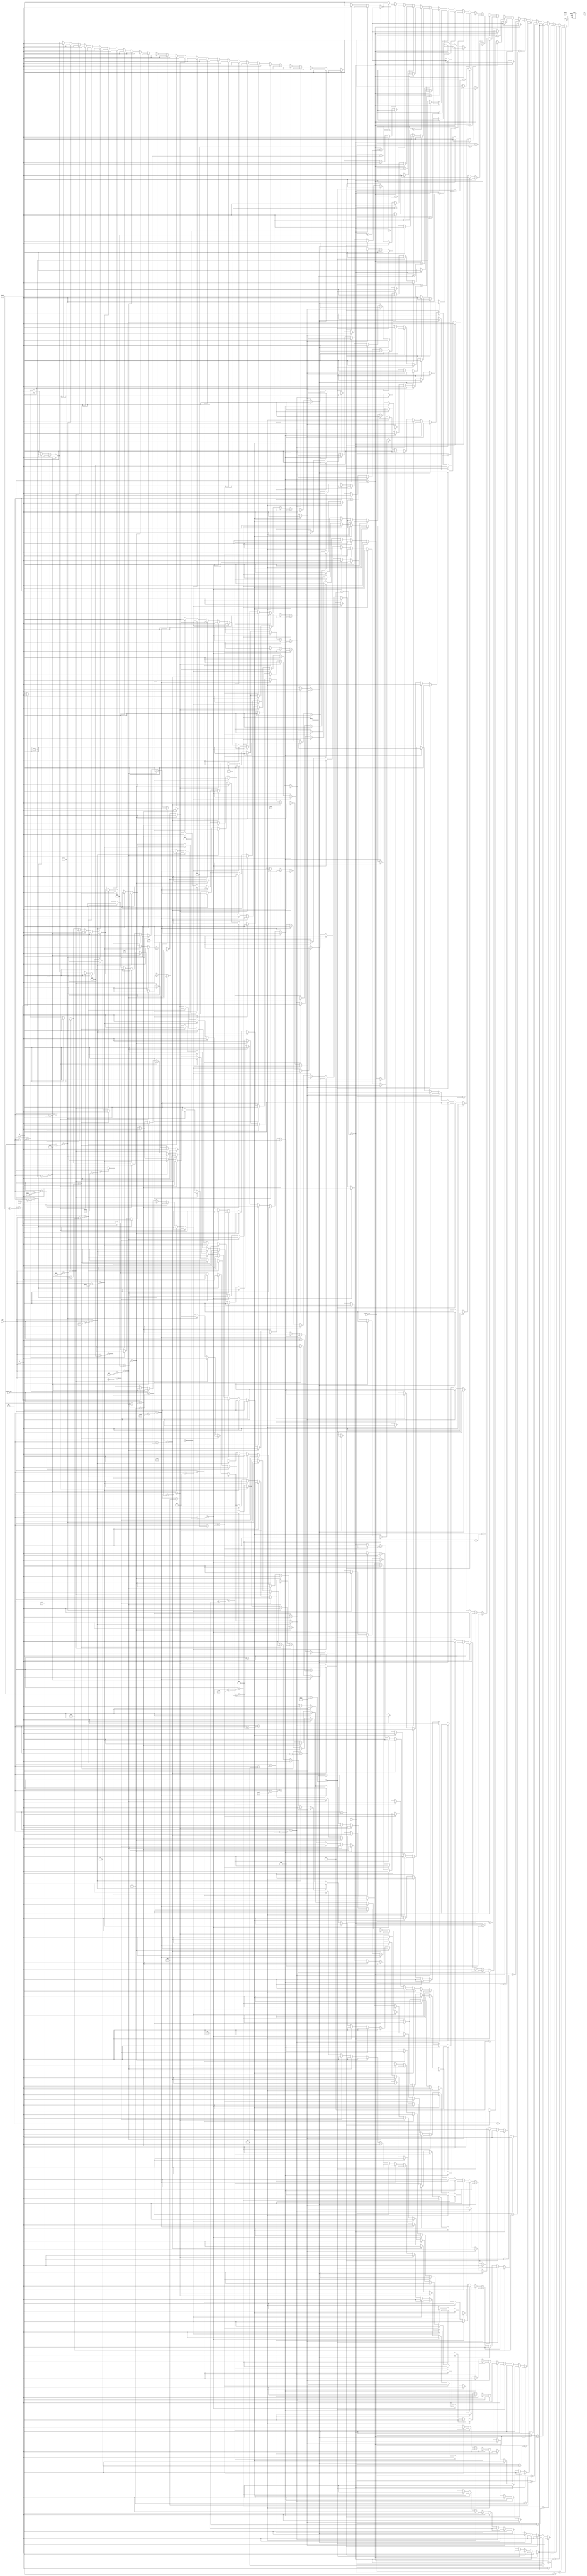
module seven (clk,BTN_S,visible_col,visible_row,col,row,out);

input clk,BTN_S;
input [10:0]visible_col,visible_row,col,row;
output reg out;

wire [39:0] line_01,line_02,line_03,line_04,line_05,line_06,line_07,line_08,line_09,line_10;
wire [39:0] line_11,line_12,line_13,line_14,line_15,line_16,line_17,line_18,line_19,line_20;
wire [39:0] line_21,line_22,line_23,line_24,line_25,line_26,line_27;


assign line_01 = 40'b0001111111111111111111111111111111111000;
assign line_02 = 40'b0001111111111111111111111111111111111000;
assign line_03 = 40'b0001111111111111111111111111111111111100;
assign line_04 = 40'b0001111111111111111111111111111111111000;
assign line_05 = 40'b0001111111111111111111111111111111111000;
assign line_06 = 40'b0000000000000000000000001111111111111000;
assign line_07 = 40'b0000000000000000000000001111111111110000;
assign line_08 = 40'b0000000000000000000000011111111111100000;
assign line_09 = 40'b0000000000000000000000111111111111000000;
assign line_10 = 40'b0000000000000000000001111111111110000000;
assign line_11 = 40'b0000000000000000000011111111111100000000;
assign line_12 = 40'b0000000000000000000111111111111100000000;
assign line_13 = 40'b0000000000000000001111111111111000000000;
assign line_14 = 40'b0000000000000000011111111111110000000000;
assign line_15 = 40'b0000000000000000011111111111100000000000;
assign line_16 = 40'b0000000000000000111111111111000000000000;
assign line_17 = 40'b0000000000000001111111111110000000000000;
assign line_18 = 40'b0000000000000011111111111100000000000000;
assign line_19 = 40'b0000000000000111111111111100000000000000;
assign line_20 = 40'b0000000000001111111111111000000000000000;
assign line_21 = 40'b0000000000011111111111110000000000000000;
assign line_22 = 40'b0000000000111111111111100000000000000000;
assign line_23 = 40'b0000000001111111111111000000000000000000;
assign line_24 = 40'b0000000011111111111110000000000000000000;
assign line_25 = 40'b0000000011111111111100000000000000000000;
assign line_26 = 40'b0000000011111111111100000000000000000000;
assign line_27 = 40'b0000000000000000000000000000000000000000;

always @(posedge clk or posedge BTN_S) begin
	if (BTN_S)
		out <= 0;
	else begin
		case (visible_row)
			row+0:
				case(visible_col)
					col+0: out <= line_01[39];	  col+10: out <= line_01[29];	col+20: out <= line_01[19];  col+30: out <= line_01[9];
					col+1: out <= line_01[38];	  col+11: out <= line_01[28];	col+21: out <= line_01[18];  col+31: out <= line_01[8];
					col+2: out <= line_01[37];	  col+12: out <= line_01[27];	col+22: out <= line_01[17];  col+32: out <= line_01[7];
					col+3: out <= line_01[36];	  col+13: out <= line_01[26];	col+23: out <= line_01[16];  col+33: out <= line_01[6];
					col+4: out <= line_01[35];	  col+14: out <= line_01[25];	col+24: out <= line_01[15];  col+34: out <= line_01[5];
					col+5: out <= line_01[34];	  col+15: out <= line_01[24];	col+25: out <= line_01[14];  col+35: out <= line_01[4];
					col+6: out <= line_01[33];	  col+16: out <= line_01[23];	col+26: out <= line_01[13];  col+36: out <= line_01[3];
					col+7: out <= line_01[32];	  col+17: out <= line_01[22];	col+27: out <= line_01[12];  col+37: out <= line_01[2];
					col+8: out <= line_01[31];	  col+18: out <= line_01[21];	col+28: out <= line_01[11];  col+38: out <= line_01[1];
					col+9: out <= line_01[30];	  col+19: out <= line_01[20];	col+29: out <= line_01[10];  col+39: out <= line_01[0];
					default: out <= 0;
				endcase
			row+1:
				case(visible_col)
					col+0: out <= line_02[39];	  col+10: out <= line_02[29];	col+20: out <= line_02[19];  col+30: out <= line_02[9];
					col+1: out <= line_02[38];	  col+11: out <= line_02[28];	col+21: out <= line_02[18];  col+31: out <= line_02[8];
					col+2: out <= line_02[37];	  col+12: out <= line_02[27];	col+22: out <= line_02[17];  col+32: out <= line_02[7];
					col+3: out <= line_02[36];	  col+13: out <= line_02[26];	col+23: out <= line_02[16];  col+33: out <= line_02[6];
					col+4: out <= line_02[35];	  col+14: out <= line_02[25];	col+24: out <= line_02[15];  col+34: out <= line_02[5];
					col+5: out <= line_02[34];	  col+15: out <= line_02[24];	col+25: out <= line_02[14];  col+35: out <= line_02[4];
					col+6: out <= line_02[33];	  col+16: out <= line_02[23];	col+26: out <= line_02[13];  col+36: out <= line_02[3];
					col+7: out <= line_02[32];	  col+17: out <= line_02[22];	col+27: out <= line_02[12];  col+37: out <= line_02[2];
					col+8: out <= line_02[31];	  col+18: out <= line_02[21];	col+28: out <= line_02[11];  col+38: out <= line_02[1];
					col+9: out <= line_02[30];	  col+19: out <= line_02[20];	col+29: out <= line_02[10];  col+39: out <= line_02[0];
					default: out <= 0;
				endcase

			row+2:
				case(visible_col)
					col+0: out <= line_03[39];	  col+10: out <= line_03[29];	col+20: out <= line_03[19];  col+30: out <= line_03[9];
					col+1: out <= line_03[38];	  col+11: out <= line_03[28];	col+21: out <= line_03[18];  col+31: out <= line_03[8];
					col+2: out <= line_03[37];	  col+12: out <= line_03[27];	col+22: out <= line_03[17];  col+32: out <= line_03[7];
					col+3: out <= line_03[36];	  col+13: out <= line_03[26];	col+23: out <= line_03[16];  col+33: out <= line_03[6];
					col+4: out <= line_03[35];	  col+14: out <= line_03[25];	col+24: out <= line_03[15];  col+34: out <= line_03[5];
					col+5: out <= line_03[34];	  col+15: out <= line_03[24];	col+25: out <= line_03[14];  col+35: out <= line_03[4];
					col+6: out <= line_03[33];	  col+16: out <= line_03[23];	col+26: out <= line_03[13];  col+36: out <= line_03[3];
					col+7: out <= line_03[32];	  col+17: out <= line_03[22];	col+27: out <= line_03[12];  col+37: out <= line_03[2];
					col+8: out <= line_03[31];	  col+18: out <= line_03[21];	col+28: out <= line_03[11];  col+38: out <= line_03[1];
					col+9: out <= line_03[30];	  col+19: out <= line_03[20];	col+29: out <= line_03[10];  col+39: out <= line_03[0];
					default: out <= 0;
				endcase
			row+3:
				case(visible_col)
					col+0: out <= line_04[39];	  col+10: out <= line_04[29];	col+20: out <= line_04[19];  col+30: out <= line_04[9];
					col+1: out <= line_04[38];	  col+11: out <= line_04[28];	col+21: out <= line_04[18];  col+31: out <= line_04[8];
					col+2: out <= line_04[37];	  col+12: out <= line_04[27];	col+22: out <= line_04[17];  col+32: out <= line_04[7];
					col+3: out <= line_04[36];	  col+13: out <= line_04[26];	col+23: out <= line_04[16];  col+33: out <= line_04[6];
					col+4: out <= line_04[35];	  col+14: out <= line_04[25];	col+24: out <= line_04[15];  col+34: out <= line_04[5];
					col+5: out <= line_04[34];	  col+15: out <= line_04[24];	col+25: out <= line_04[14];  col+35: out <= line_04[4];
					col+6: out <= line_04[33];	  col+16: out <= line_04[23];	col+26: out <= line_04[13];  col+36: out <= line_04[3];
					col+7: out <= line_04[32];	  col+17: out <= line_04[22];	col+27: out <= line_04[12];  col+37: out <= line_04[2];
					col+8: out <= line_04[31];	  col+18: out <= line_04[21];	col+28: out <= line_04[11];  col+38: out <= line_04[1];
					col+9: out <= line_04[30];	  col+19: out <= line_04[20];	col+29: out <= line_04[10];  col+39: out <= line_04[0];
					default: out <= 0;
				endcase
			row+4:
				case(visible_col)
					col+0: out <= line_05[39];	  col+10: out <= line_05[29];	col+20: out <= line_05[19];  col+30: out <= line_05[9];
					col+1: out <= line_05[38];	  col+11: out <= line_05[28];	col+21: out <= line_05[18];  col+31: out <= line_05[8];
					col+2: out <= line_05[37];	  col+12: out <= line_05[27];	col+22: out <= line_05[17];  col+32: out <= line_05[7];
					col+3: out <= line_05[36];	  col+13: out <= line_05[26];	col+23: out <= line_05[16];  col+33: out <= line_05[6];
					col+4: out <= line_05[35];	  col+14: out <= line_05[25];	col+24: out <= line_05[15];  col+34: out <= line_05[5];
					col+5: out <= line_05[34];	  col+15: out <= line_05[24];	col+25: out <= line_05[14];  col+35: out <= line_05[4];
					col+6: out <= line_05[33];	  col+16: out <= line_05[23];	col+26: out <= line_05[13];  col+36: out <= line_05[3];
					col+7: out <= line_05[32];	  col+17: out <= line_05[22];	col+27: out <= line_05[12];  col+37: out <= line_05[2];
					col+8: out <= line_05[31];	  col+18: out <= line_05[21];	col+28: out <= line_05[11];  col+38: out <= line_05[1];
					col+9: out <= line_05[30];	  col+19: out <= line_05[20];	col+29: out <= line_05[10];  col+39: out <= line_05[0];
					default: out <= 0;
				endcase
			row+5:
				case(visible_col)
					col+0: out <= line_06[39];	  col+10: out <= line_06[29];	col+20: out <= line_06[19];  col+30: out <= line_06[9];
					col+1: out <= line_06[38];	  col+11: out <= line_06[28];	col+21: out <= line_06[18];  col+31: out <= line_06[8];
					col+2: out <= line_06[37];	  col+12: out <= line_06[27];	col+22: out <= line_06[17];  col+32: out <= line_06[7];
					col+3: out <= line_06[36];	  col+13: out <= line_06[26];	col+23: out <= line_06[16];  col+33: out <= line_06[6];
					col+4: out <= line_06[35];	  col+14: out <= line_06[25];	col+24: out <= line_06[15];  col+34: out <= line_06[5];
					col+5: out <= line_06[34];	  col+15: out <= line_06[24];	col+25: out <= line_06[14];  col+35: out <= line_06[4];
					col+6: out <= line_06[33];	  col+16: out <= line_06[23];	col+26: out <= line_06[13];  col+36: out <= line_06[3];
					col+7: out <= line_06[32];	  col+17: out <= line_06[22];	col+27: out <= line_06[12];  col+37: out <= line_06[2];
					col+8: out <= line_06[31];	  col+18: out <= line_06[21];	col+28: out <= line_06[11];  col+38: out <= line_06[1];
					col+9: out <= line_06[30];	  col+19: out <= line_06[20];	col+29: out <= line_06[10];  col+39: out <= line_06[0];
					default: out <= 0;
				endcase
			row+6:
				case(visible_col)
					col+0: out <= line_07[39];	  col+10: out <= line_07[29];	col+20: out <= line_07[19];  col+30: out <= line_07[9];
					col+1: out <= line_07[38];	  col+11: out <= line_07[28];	col+21: out <= line_07[18];  col+31: out <= line_07[8];
					col+2: out <= line_07[37];	  col+12: out <= line_07[27];	col+22: out <= line_07[17];  col+32: out <= line_07[7];
					col+3: out <= line_07[36];	  col+13: out <= line_07[26];	col+23: out <= line_07[16];  col+33: out <= line_07[6];
					col+4: out <= line_07[35];	  col+14: out <= line_07[25];	col+24: out <= line_07[15];  col+34: out <= line_07[5];
					col+5: out <= line_07[34];	  col+15: out <= line_07[24];	col+25: out <= line_07[14];  col+35: out <= line_07[4];
					col+6: out <= line_07[33];	  col+16: out <= line_07[23];	col+26: out <= line_07[13];  col+36: out <= line_07[3];
					col+7: out <= line_07[32];	  col+17: out <= line_07[22];	col+27: out <= line_07[12];  col+37: out <= line_07[2];
					col+8: out <= line_07[31];	  col+18: out <= line_07[21];	col+28: out <= line_07[11];  col+38: out <= line_07[1];
					col+9: out <= line_07[30];	  col+19: out <= line_07[20];	col+29: out <= line_07[10];  col+39: out <= line_07[0];
					default: out <= 0;
				endcase
			row+7:
				case(visible_col)
					col+0: out <= line_08[39];	  col+10: out <= line_08[29];	col+20: out <= line_08[19];  col+30: out <= line_08[9];
					col+1: out <= line_08[38];	  col+11: out <= line_08[28];	col+21: out <= line_08[18];  col+31: out <= line_08[8];
					col+2: out <= line_08[37];	  col+12: out <= line_08[27];	col+22: out <= line_08[17];  col+32: out <= line_08[7];
					col+3: out <= line_08[36];	  col+13: out <= line_08[26];	col+23: out <= line_08[16];  col+33: out <= line_08[6];
					col+4: out <= line_08[35];	  col+14: out <= line_08[25];	col+24: out <= line_08[15];  col+34: out <= line_08[5];
					col+5: out <= line_08[34];	  col+15: out <= line_08[24];	col+25: out <= line_08[14];  col+35: out <= line_08[4];
					col+6: out <= line_08[33];	  col+16: out <= line_08[23];	col+26: out <= line_08[13];  col+36: out <= line_08[3];
					col+7: out <= line_08[32];	  col+17: out <= line_08[22];	col+27: out <= line_08[12];  col+37: out <= line_08[2];
					col+8: out <= line_08[31];	  col+18: out <= line_08[21];	col+28: out <= line_08[11];  col+38: out <= line_08[1];
					col+9: out <= line_08[30];	  col+19: out <= line_08[20];	col+29: out <= line_08[10];  col+39: out <= line_08[0];
					default: out <= 0;
				endcase
			row+8:
				case(visible_col)
					col+0: out <= line_09[39];	  col+10: out <= line_09[29];	col+20: out <= line_09[19];  col+30: out <= line_09[9];
					col+1: out <= line_09[38];	  col+11: out <= line_09[28];	col+21: out <= line_09[18];  col+31: out <= line_09[8];
					col+2: out <= line_09[37];	  col+12: out <= line_09[27];	col+22: out <= line_09[17];  col+32: out <= line_09[7];
					col+3: out <= line_09[36];	  col+13: out <= line_09[26];	col+23: out <= line_09[16];  col+33: out <= line_09[6];
					col+4: out <= line_09[35];	  col+14: out <= line_09[25];	col+24: out <= line_09[15];  col+34: out <= line_09[5];
					col+5: out <= line_09[34];	  col+15: out <= line_09[24];	col+25: out <= line_09[14];  col+35: out <= line_09[4];
					col+6: out <= line_09[33];	  col+16: out <= line_09[23];	col+26: out <= line_09[13];  col+36: out <= line_09[3];
					col+7: out <= line_09[32];	  col+17: out <= line_09[22];	col+27: out <= line_09[12];  col+37: out <= line_09[2];
					col+8: out <= line_09[31];	  col+18: out <= line_09[21];	col+28: out <= line_09[11];  col+38: out <= line_09[1];
					col+9: out <= line_09[30];	  col+19: out <= line_09[20];	col+29: out <= line_09[10];  col+39: out <= line_09[0];
					default: out <= 0;
				endcase
			row+9:
				case(visible_col)
					col+0: out <= line_10[39];	  col+10: out <= line_10[29];	col+20: out <= line_10[19];  col+30: out <= line_10[9];
					col+1: out <= line_10[38];	  col+11: out <= line_10[28];	col+21: out <= line_10[18];  col+31: out <= line_10[8];
					col+2: out <= line_10[37];	  col+12: out <= line_10[27];	col+22: out <= line_10[17];  col+32: out <= line_10[7];
					col+3: out <= line_10[36];	  col+13: out <= line_10[26];	col+23: out <= line_10[16];  col+33: out <= line_10[6];
					col+4: out <= line_10[35];	  col+14: out <= line_10[25];	col+24: out <= line_10[15];  col+34: out <= line_10[5];
					col+5: out <= line_10[34];	  col+15: out <= line_10[24];	col+25: out <= line_10[14];  col+35: out <= line_10[4];
					col+6: out <= line_10[33];	  col+16: out <= line_10[23];	col+26: out <= line_10[13];  col+36: out <= line_10[3];
					col+7: out <= line_10[32];	  col+17: out <= line_10[22];	col+27: out <= line_10[12];  col+37: out <= line_10[2];
					col+8: out <= line_10[31];	  col+18: out <= line_10[21];	col+28: out <= line_10[11];  col+38: out <= line_10[1];
					col+9: out <= line_10[30];	  col+19: out <= line_10[20];	col+29: out <= line_10[10];  col+39: out <= line_10[0];
					default: out <= 0;
				endcase
			row+10:
				case(visible_col)
					col+0: out <= line_11[39];	  col+10: out <= line_11[29];	col+20: out <= line_11[19];  col+30: out <= line_11[9];
					col+1: out <= line_11[38];	  col+11: out <= line_11[28];	col+21: out <= line_11[18];  col+31: out <= line_11[8];
					col+2: out <= line_11[37];	  col+12: out <= line_11[27];	col+22: out <= line_11[17];  col+32: out <= line_11[7];
					col+3: out <= line_11[36];	  col+13: out <= line_11[26];	col+23: out <= line_11[16];  col+33: out <= line_11[6];
					col+4: out <= line_11[35];	  col+14: out <= line_11[25];	col+24: out <= line_11[15];  col+34: out <= line_11[5];
					col+5: out <= line_11[34];	  col+15: out <= line_11[24];	col+25: out <= line_11[14];  col+35: out <= line_11[4];
					col+6: out <= line_11[33];	  col+16: out <= line_11[23];	col+26: out <= line_11[13];  col+36: out <= line_11[3];
					col+7: out <= line_11[32];	  col+17: out <= line_11[22];	col+27: out <= line_11[12];  col+37: out <= line_11[2];
					col+8: out <= line_11[31];	  col+18: out <= line_11[21];	col+28: out <= line_11[11];  col+38: out <= line_11[1];
					col+9: out <= line_11[30];	  col+19: out <= line_11[20];	col+29: out <= line_11[10];  col+39: out <= line_11[0];
					default: out <= 0;
				endcase
			row+11:
				case(visible_col)
					col+0: out <= line_12[39];	  col+10: out <= line_12[29];	col+20: out <= line_12[19];  col+30: out <= line_12[9];
					col+1: out <= line_12[38];	  col+11: out <= line_12[28];	col+21: out <= line_12[18];  col+31: out <= line_12[8];
					col+2: out <= line_12[37];	  col+12: out <= line_12[27];	col+22: out <= line_12[17];  col+32: out <= line_12[7];
					col+3: out <= line_12[36];	  col+13: out <= line_12[26];	col+23: out <= line_12[16];  col+33: out <= line_12[6];
					col+4: out <= line_12[35];	  col+14: out <= line_12[25];	col+24: out <= line_12[15];  col+34: out <= line_12[5];
					col+5: out <= line_12[34];	  col+15: out <= line_12[24];	col+25: out <= line_12[14];  col+35: out <= line_12[4];
					col+6: out <= line_12[33];	  col+16: out <= line_12[23];	col+26: out <= line_12[13];  col+36: out <= line_12[3];
					col+7: out <= line_12[32];	  col+17: out <= line_12[22];	col+27: out <= line_12[12];  col+37: out <= line_12[2];
					col+8: out <= line_12[31];	  col+18: out <= line_12[21];	col+28: out <= line_12[11];  col+38: out <= line_12[1];
					col+9: out <= line_12[30];	  col+19: out <= line_12[20];	col+29: out <= line_12[10];  col+39: out <= line_12[0];
					default: out <= 0;
				endcase
			row+12:
				case(visible_col)
					col+0: out <= line_13[39];	  col+10: out <= line_13[29];	col+20: out <= line_13[19];  col+30: out <= line_13[9];
					col+1: out <= line_13[38];	  col+11: out <= line_13[28];	col+21: out <= line_13[18];  col+31: out <= line_13[8];
					col+2: out <= line_13[37];	  col+12: out <= line_13[27];	col+22: out <= line_13[17];  col+32: out <= line_13[7];
					col+3: out <= line_13[36];	  col+13: out <= line_13[26];	col+23: out <= line_13[16];  col+33: out <= line_13[6];
					col+4: out <= line_13[35];	  col+14: out <= line_13[25];	col+24: out <= line_13[15];  col+34: out <= line_13[5];
					col+5: out <= line_13[34];	  col+15: out <= line_13[24];	col+25: out <= line_13[14];  col+35: out <= line_13[4];
					col+6: out <= line_13[33];	  col+16: out <= line_13[23];	col+26: out <= line_13[13];  col+36: out <= line_13[3];
					col+7: out <= line_13[32];	  col+17: out <= line_13[22];	col+27: out <= line_13[12];  col+37: out <= line_13[2];
					col+8: out <= line_13[31];	  col+18: out <= line_13[21];	col+28: out <= line_13[11];  col+38: out <= line_13[1];
					col+9: out <= line_13[30];	  col+19: out <= line_13[20];	col+29: out <= line_13[10];  col+39: out <= line_13[0];
					default: out <= 0;
				endcase
			row+13:
				case(visible_col)
					col+0: out <= line_14[39];	  col+10: out <= line_14[29];	col+20: out <= line_14[19];  col+30: out <= line_14[9];
					col+1: out <= line_14[38];	  col+11: out <= line_14[28];	col+21: out <= line_14[18];  col+31: out <= line_14[8];
					col+2: out <= line_14[37];	  col+12: out <= line_14[27];	col+22: out <= line_14[17];  col+32: out <= line_14[7];
					col+3: out <= line_14[36];	  col+13: out <= line_14[26];	col+23: out <= line_14[16];  col+33: out <= line_14[6];
					col+4: out <= line_14[35];	  col+14: out <= line_14[25];	col+24: out <= line_14[15];  col+34: out <= line_14[5];
					col+5: out <= line_14[34];	  col+15: out <= line_14[24];	col+25: out <= line_14[14];  col+35: out <= line_14[4];
					col+6: out <= line_14[33];	  col+16: out <= line_14[23];	col+26: out <= line_14[13];  col+36: out <= line_14[3];
					col+7: out <= line_14[32];	  col+17: out <= line_14[22];	col+27: out <= line_14[12];  col+37: out <= line_14[2];
					col+8: out <= line_14[31];	  col+18: out <= line_14[21];	col+28: out <= line_14[11];  col+38: out <= line_14[1];
					col+9: out <= line_14[30];	  col+19: out <= line_14[20];	col+29: out <= line_14[10];  col+39: out <= line_14[0];
					default: out <= 0;
				endcase
			row+14:
				case(visible_col)
					col+0: out <= line_15[39];	  col+10: out <= line_15[29];	col+20: out <= line_15[19];  col+30: out <= line_15[9];
					col+1: out <= line_15[38];	  col+11: out <= line_15[28];	col+21: out <= line_15[18];  col+31: out <= line_15[8];
					col+2: out <= line_15[37];	  col+12: out <= line_15[27];	col+22: out <= line_15[17];  col+32: out <= line_15[7];
					col+3: out <= line_15[36];	  col+13: out <= line_15[26];	col+23: out <= line_15[16];  col+33: out <= line_15[6];
					col+4: out <= line_15[35];	  col+14: out <= line_15[25];	col+24: out <= line_15[15];  col+34: out <= line_15[5];
					col+5: out <= line_15[34];	  col+15: out <= line_15[24];	col+25: out <= line_15[14];  col+35: out <= line_15[4];
					col+6: out <= line_15[33];	  col+16: out <= line_15[23];	col+26: out <= line_15[13];  col+36: out <= line_15[3];
					col+7: out <= line_15[32];	  col+17: out <= line_15[22];	col+27: out <= line_15[12];  col+37: out <= line_15[2];
					col+8: out <= line_15[31];	  col+18: out <= line_15[21];	col+28: out <= line_15[11];  col+38: out <= line_15[1];
					col+9: out <= line_15[30];	  col+19: out <= line_15[20];	col+29: out <= line_15[10];  col+39: out <= line_15[0];
					default: out <= 0;
				endcase
			row+15:
				case(visible_col)
					col+0: out <= line_16[39];	  col+10: out <= line_16[29];	col+20: out <= line_16[19];  col+30: out <= line_16[9];
					col+1: out <= line_16[38];	  col+11: out <= line_16[28];	col+21: out <= line_16[18];  col+31: out <= line_16[8];
					col+2: out <= line_16[37];	  col+12: out <= line_16[27];	col+22: out <= line_16[17];  col+32: out <= line_16[7];
					col+3: out <= line_16[36];	  col+13: out <= line_16[26];	col+23: out <= line_16[16];  col+33: out <= line_16[6];
					col+4: out <= line_16[35];	  col+14: out <= line_16[25];	col+24: out <= line_16[15];  col+34: out <= line_16[5];
					col+5: out <= line_16[34];	  col+15: out <= line_16[24];	col+25: out <= line_16[14];  col+35: out <= line_16[4];
					col+6: out <= line_16[33];	  col+16: out <= line_16[23];	col+26: out <= line_16[13];  col+36: out <= line_16[3];
					col+7: out <= line_16[32];	  col+17: out <= line_16[22];	col+27: out <= line_16[12];  col+37: out <= line_16[2];
					col+8: out <= line_16[31];	  col+18: out <= line_16[21];	col+28: out <= line_16[11];  col+38: out <= line_16[1];
					col+9: out <= line_16[30];	  col+19: out <= line_16[20];	col+29: out <= line_16[10];  col+39: out <= line_16[0];
					default: out <= 0;
				endcase
			row+16:
				case(visible_col)
					col+0: out <= line_17[39];	  col+10: out <= line_17[29];	col+20: out <= line_17[19];  col+30: out <= line_17[9];
					col+1: out <= line_17[38];	  col+11: out <= line_17[28];	col+21: out <= line_17[18];  col+31: out <= line_17[8];
					col+2: out <= line_17[37];	  col+12: out <= line_17[27];	col+22: out <= line_17[17];  col+32: out <= line_17[7];
					col+3: out <= line_17[36];	  col+13: out <= line_17[26];	col+23: out <= line_17[16];  col+33: out <= line_17[6];
					col+4: out <= line_17[35];	  col+14: out <= line_17[25];	col+24: out <= line_17[15];  col+34: out <= line_17[5];
					col+5: out <= line_17[34];	  col+15: out <= line_17[24];	col+25: out <= line_17[14];  col+35: out <= line_17[4];
					col+6: out <= line_17[33];	  col+16: out <= line_17[23];	col+26: out <= line_17[13];  col+36: out <= line_17[3];
					col+7: out <= line_17[32];	  col+17: out <= line_17[22];	col+27: out <= line_17[12];  col+37: out <= line_17[2];
					col+8: out <= line_17[31];	  col+18: out <= line_17[21];	col+28: out <= line_17[11];  col+38: out <= line_17[1];
					col+9: out <= line_17[30];	  col+19: out <= line_17[20];	col+29: out <= line_17[10];  col+39: out <= line_17[0];
					default: out <= 0;
				endcase
			row+17:
				case(visible_col)
					col+0: out <= line_18[39];	  col+10: out <= line_18[29];	col+20: out <= line_18[19];  col+30: out <= line_18[9];
					col+1: out <= line_18[38];	  col+11: out <= line_18[28];	col+21: out <= line_18[18];  col+31: out <= line_18[8];
					col+2: out <= line_18[37];	  col+12: out <= line_18[27];	col+22: out <= line_18[17];  col+32: out <= line_18[7];
					col+3: out <= line_18[36];	  col+13: out <= line_18[26];	col+23: out <= line_18[16];  col+33: out <= line_18[6];
					col+4: out <= line_18[35];	  col+14: out <= line_18[25];	col+24: out <= line_18[15];  col+34: out <= line_18[5];
					col+5: out <= line_18[34];	  col+15: out <= line_18[24];	col+25: out <= line_18[14];  col+35: out <= line_18[4];
					col+6: out <= line_18[33];	  col+16: out <= line_18[23];	col+26: out <= line_18[13];  col+36: out <= line_18[3];
					col+7: out <= line_18[32];	  col+17: out <= line_18[22];	col+27: out <= line_18[12];  col+37: out <= line_18[2];
					col+8: out <= line_18[31];	  col+18: out <= line_18[21];	col+28: out <= line_18[11];  col+38: out <= line_18[1];
					col+9: out <= line_18[30];	  col+19: out <= line_18[20];	col+29: out <= line_18[10];  col+39: out <= line_18[0];
					default: out <= 0;
				endcase
			row+18:
				case(visible_col)
					col+0: out <= line_19[39];	  col+10: out <= line_19[29];	col+20: out <= line_19[19];  col+30: out <= line_19[9];
					col+1: out <= line_19[38];	  col+11: out <= line_19[28];	col+21: out <= line_19[18];  col+31: out <= line_19[8];
					col+2: out <= line_19[37];	  col+12: out <= line_19[27];	col+22: out <= line_19[17];  col+32: out <= line_19[7];
					col+3: out <= line_19[36];	  col+13: out <= line_19[26];	col+23: out <= line_19[16];  col+33: out <= line_19[6];
					col+4: out <= line_19[35];	  col+14: out <= line_19[25];	col+24: out <= line_19[15];  col+34: out <= line_19[5];
					col+5: out <= line_19[34];	  col+15: out <= line_19[24];	col+25: out <= line_19[14];  col+35: out <= line_19[4];
					col+6: out <= line_19[33];	  col+16: out <= line_19[23];	col+26: out <= line_19[13];  col+36: out <= line_19[3];
					col+7: out <= line_19[32];	  col+17: out <= line_19[22];	col+27: out <= line_19[12];  col+37: out <= line_19[2];
					col+8: out <= line_19[31];	  col+18: out <= line_19[21];	col+28: out <= line_19[11];  col+38: out <= line_19[1];
					col+9: out <= line_19[30];	  col+19: out <= line_19[20];	col+29: out <= line_19[10];  col+39: out <= line_19[0];
					default: out <= 0;
				endcase
			row+19:
				case(visible_col)
					col+0: out <= line_20[39];	  col+10: out <= line_20[29];	col+20: out <= line_20[19];  col+30: out <= line_20[9];
					col+1: out <= line_20[38];	  col+11: out <= line_20[28];	col+21: out <= line_20[18];  col+31: out <= line_20[8];
					col+2: out <= line_20[37];	  col+12: out <= line_20[27];	col+22: out <= line_20[17];  col+32: out <= line_20[7];
					col+3: out <= line_20[36];	  col+13: out <= line_20[26];	col+23: out <= line_20[16];  col+33: out <= line_20[6];
					col+4: out <= line_20[35];	  col+14: out <= line_20[25];	col+24: out <= line_20[15];  col+34: out <= line_20[5];
					col+5: out <= line_20[34];	  col+15: out <= line_20[24];	col+25: out <= line_20[14];  col+35: out <= line_20[4];
					col+6: out <= line_20[33];	  col+16: out <= line_20[23];	col+26: out <= line_20[13];  col+36: out <= line_20[3];
					col+7: out <= line_20[32];	  col+17: out <= line_20[22];	col+27: out <= line_20[12];  col+37: out <= line_20[2];
					col+8: out <= line_20[31];	  col+18: out <= line_20[21];	col+28: out <= line_20[11];  col+38: out <= line_20[1];
					col+9: out <= line_20[30];	  col+19: out <= line_20[20];	col+29: out <= line_20[10];  col+39: out <= line_20[0];
					default: out <= 0;
				endcase
			row+20:
				case(visible_col)
					col+0: out <= line_21[39];	  col+10: out <= line_21[29];	col+20: out <= line_21[19];  col+30: out <= line_21[9];
					col+1: out <= line_21[38];	  col+11: out <= line_21[28];	col+21: out <= line_21[18];  col+31: out <= line_21[8];
					col+2: out <= line_21[37];	  col+12: out <= line_21[27];	col+22: out <= line_21[17];  col+32: out <= line_21[7];
					col+3: out <= line_21[36];	  col+13: out <= line_21[26];	col+23: out <= line_21[16];  col+33: out <= line_21[6];
					col+4: out <= line_21[35];	  col+14: out <= line_21[25];	col+24: out <= line_21[15];  col+34: out <= line_21[5];
					col+5: out <= line_21[34];	  col+15: out <= line_21[24];	col+25: out <= line_21[14];  col+35: out <= line_21[4];
					col+6: out <= line_21[33];	  col+16: out <= line_21[23];	col+26: out <= line_21[13];  col+36: out <= line_21[3];
					col+7: out <= line_21[32];	  col+17: out <= line_21[22];	col+27: out <= line_21[12];  col+37: out <= line_21[2];
					col+8: out <= line_21[31];	  col+18: out <= line_21[21];	col+28: out <= line_21[11];  col+38: out <= line_21[1];
					col+9: out <= line_21[30];	  col+19: out <= line_21[20];	col+29: out <= line_21[10];  col+39: out <= line_21[0];
					default: out <= 0;
				endcase
			row+21:
				case(visible_col)
					col+0: out <= line_22[39];	  col+10: out <= line_22[29];	col+20: out <= line_22[19];  col+30: out <= line_22[9];
					col+1: out <= line_22[38];	  col+11: out <= line_22[28];	col+21: out <= line_22[18];  col+31: out <= line_22[8];
					col+2: out <= line_22[37];	  col+12: out <= line_22[27];	col+22: out <= line_22[17];  col+32: out <= line_22[7];
					col+3: out <= line_22[36];	  col+13: out <= line_22[26];	col+23: out <= line_22[16];  col+33: out <= line_22[6];
					col+4: out <= line_22[35];	  col+14: out <= line_22[25];	col+24: out <= line_22[15];  col+34: out <= line_22[5];
					col+5: out <= line_22[34];	  col+15: out <= line_22[24];	col+25: out <= line_22[14];  col+35: out <= line_22[4];
					col+6: out <= line_22[33];	  col+16: out <= line_22[23];	col+26: out <= line_22[13];  col+36: out <= line_22[3];
					col+7: out <= line_22[32];	  col+17: out <= line_22[22];	col+27: out <= line_22[12];  col+37: out <= line_22[2];
					col+8: out <= line_22[31];	  col+18: out <= line_22[21];	col+28: out <= line_22[11];  col+38: out <= line_22[1];
					col+9: out <= line_22[30];	  col+19: out <= line_22[20];	col+29: out <= line_22[10];  col+39: out <= line_22[0];
					default: out <= 0;
				endcase
			row+22:
				case(visible_col)
					col+0: out <= line_23[39];	  col+10: out <= line_23[29];	col+20: out <= line_23[19];  col+30: out <= line_23[9];
					col+1: out <= line_23[38];	  col+11: out <= line_23[28];	col+21: out <= line_23[18];  col+31: out <= line_23[8];
					col+2: out <= line_23[37];	  col+12: out <= line_23[27];	col+22: out <= line_23[17];  col+32: out <= line_23[7];
					col+3: out <= line_23[36];	  col+13: out <= line_23[26];	col+23: out <= line_23[16];  col+33: out <= line_23[6];
					col+4: out <= line_23[35];	  col+14: out <= line_23[25];	col+24: out <= line_23[15];  col+34: out <= line_23[5];
					col+5: out <= line_23[34];	  col+15: out <= line_23[24];	col+25: out <= line_23[14];  col+35: out <= line_23[4];
					col+6: out <= line_23[33];	  col+16: out <= line_23[23];	col+26: out <= line_23[13];  col+36: out <= line_23[3];
					col+7: out <= line_23[32];	  col+17: out <= line_23[22];	col+27: out <= line_23[12];  col+37: out <= line_23[2];
					col+8: out <= line_23[31];	  col+18: out <= line_23[21];	col+28: out <= line_23[11];  col+38: out <= line_23[1];
					col+9: out <= line_23[30];	  col+19: out <= line_23[20];	col+29: out <= line_23[10];  col+39: out <= line_23[0];
					default: out <= 0;
				endcase
			row+23:
				case(visible_col)
					col+0: out <= line_24[39];	  col+10: out <= line_24[29];	col+20: out <= line_24[19];  col+30: out <= line_24[9];
					col+1: out <= line_24[38];	  col+11: out <= line_24[28];	col+21: out <= line_24[18];  col+31: out <= line_24[8];
					col+2: out <= line_24[37];	  col+12: out <= line_24[27];	col+22: out <= line_24[17];  col+32: out <= line_24[7];
					col+3: out <= line_24[36];	  col+13: out <= line_24[26];	col+23: out <= line_24[16];  col+33: out <= line_24[6];
					col+4: out <= line_24[35];	  col+14: out <= line_24[25];	col+24: out <= line_24[15];  col+34: out <= line_24[5];
					col+5: out <= line_24[34];	  col+15: out <= line_24[24];	col+25: out <= line_24[14];  col+35: out <= line_24[4];
					col+6: out <= line_24[33];	  col+16: out <= line_24[23];	col+26: out <= line_24[13];  col+36: out <= line_24[3];
					col+7: out <= line_24[32];	  col+17: out <= line_24[22];	col+27: out <= line_24[12];  col+37: out <= line_24[2];
					col+8: out <= line_24[31];	  col+18: out <= line_24[21];	col+28: out <= line_24[11];  col+38: out <= line_24[1];
					col+9: out <= line_24[30];	  col+19: out <= line_24[20];	col+29: out <= line_24[10];  col+39: out <= line_24[0];
					default: out <= 0;
				endcase
			row+24:
				case(visible_col)
					col+0: out <= line_25[39];	  col+10: out <= line_25[29];	col+20: out <= line_25[19];  col+30: out <= line_25[9];
					col+1: out <= line_25[38];	  col+11: out <= line_25[28];	col+21: out <= line_25[18];  col+31: out <= line_25[8];
					col+2: out <= line_25[37];	  col+12: out <= line_25[27];	col+22: out <= line_25[17];  col+32: out <= line_25[7];
					col+3: out <= line_25[36];	  col+13: out <= line_25[26];	col+23: out <= line_25[16];  col+33: out <= line_25[6];
					col+4: out <= line_25[35];	  col+14: out <= line_25[25];	col+24: out <= line_25[15];  col+34: out <= line_25[5];
					col+5: out <= line_25[34];	  col+15: out <= line_25[24];	col+25: out <= line_25[14];  col+35: out <= line_25[4];
					col+6: out <= line_25[33];	  col+16: out <= line_25[23];	col+26: out <= line_25[13];  col+36: out <= line_25[3];
					col+7: out <= line_25[32];	  col+17: out <= line_25[22];	col+27: out <= line_25[12];  col+37: out <= line_25[2];
					col+8: out <= line_25[31];	  col+18: out <= line_25[21];	col+28: out <= line_25[11];  col+38: out <= line_25[1];
					col+9: out <= line_25[30];	  col+19: out <= line_25[20];	col+29: out <= line_25[10];  col+39: out <= line_25[0];
					default: out <= 0;
				endcase
			row+25:
				case(visible_col)
					col+0: out <= line_26[39];	  col+10: out <= line_26[29];	col+20: out <= line_26[19];  col+30: out <= line_26[9];
					col+1: out <= line_26[38];	  col+11: out <= line_26[28];	col+21: out <= line_26[18];  col+31: out <= line_26[8];
					col+2: out <= line_26[37];	  col+12: out <= line_26[27];	col+22: out <= line_26[17];  col+32: out <= line_26[7];
					col+3: out <= line_26[36];	  col+13: out <= line_26[26];	col+23: out <= line_26[16];  col+33: out <= line_26[6];
					col+4: out <= line_26[35];	  col+14: out <= line_26[25];	col+24: out <= line_26[15];  col+34: out <= line_26[5];
					col+5: out <= line_26[34];	  col+15: out <= line_26[24];	col+25: out <= line_26[14];  col+35: out <= line_26[4];
					col+6: out <= line_26[33];	  col+16: out <= line_26[23];	col+26: out <= line_26[13];  col+36: out <= line_26[3];
					col+7: out <= line_26[32];	  col+17: out <= line_26[22];	col+27: out <= line_26[12];  col+37: out <= line_26[2];
					col+8: out <= line_26[31];	  col+18: out <= line_26[21];	col+28: out <= line_26[11];  col+38: out <= line_26[1];
					col+9: out <= line_26[30];	  col+19: out <= line_26[20];	col+29: out <= line_26[10];  col+39: out <= line_26[0];
					default: out <= 0;
				endcase
			row+26:
				case(visible_col)
					col+0: out <= line_27[39];	  col+10: out <= line_27[29];	col+20: out <= line_27[19];  col+30: out <= line_27[9];
					col+1: out <= line_27[38];	  col+11: out <= line_27[28];	col+21: out <= line_27[18];  col+31: out <= line_27[8];
					col+2: out <= line_27[37];	  col+12: out <= line_27[27];	col+22: out <= line_27[17];  col+32: out <= line_27[7];
					col+3: out <= line_27[36];	  col+13: out <= line_27[26];	col+23: out <= line_27[16];  col+33: out <= line_27[6];
					col+4: out <= line_27[35];	  col+14: out <= line_27[25];	col+24: out <= line_27[15];  col+34: out <= line_27[5];
					col+5: out <= line_27[34];	  col+15: out <= line_27[24];	col+25: out <= line_27[14];  col+35: out <= line_27[4];
					col+6: out <= line_27[33];	  col+16: out <= line_27[23];	col+26: out <= line_27[13];  col+36: out <= line_27[3];
					col+7: out <= line_27[32];	  col+17: out <= line_27[22];	col+27: out <= line_27[12];  col+37: out <= line_27[2];
					col+8: out <= line_27[31];	  col+18: out <= line_27[21];	col+28: out <= line_27[11];  col+38: out <= line_27[1];
					col+9: out <= line_27[30];	  col+19: out <= line_27[20];	col+29: out <= line_27[10];  col+39: out <= line_27[0];
					default: out <= 0;
				endcase
			default:out <= 0;
		endcase
	end
end
endmodule